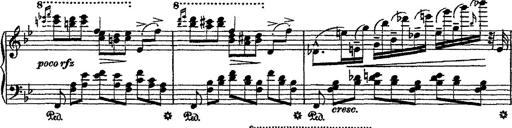
Title: Fantaisie romantique sur deux mÃ©lodies suisses
Composer: Franz Liszt